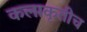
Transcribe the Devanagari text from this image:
कलाकृतीच